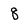
Character: 8